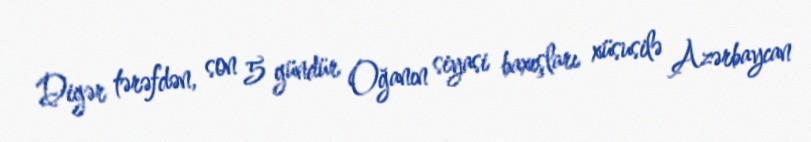
Digər tərəfdən, son 5 gündür Oğanın siyasi baxışları xüsusilə Azərbaycan